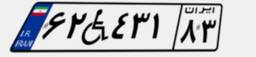
۶۲W۴۳۱۸۳